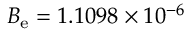
B _ { \mathrm { e } } = 1 . 1 0 9 8 \times 1 0 ^ { - 6 }